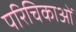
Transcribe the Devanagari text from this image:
परिचिकाओं